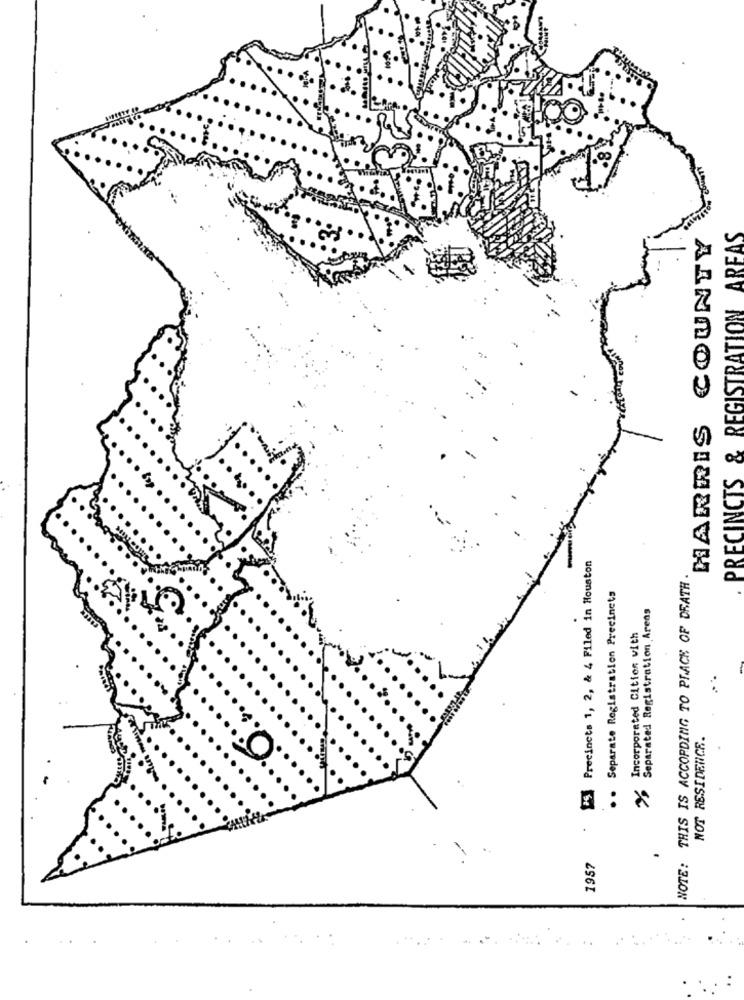
HARRIS COUNTY
PRECINCTS & REGISTRATION AREAS
25 Precincts 1, 2, & 4 Filed in Houston
NOTE: THIS IS ACCORDING TO PLACE OF DEATH
Separate Registration Precincts
Separated Registration Areas
.
Incorporated Cition with
NOT RESIDENCE.
1957